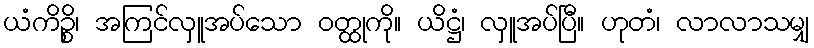
ယံကိဉ္စိ၊ အကြင်လှူအပ်သော ဝတ္ထုကို။ ယိဋ္ဌံ၊ လှူအပ်ပြီ။ ဟုတံ၊ လာလာသမျှ